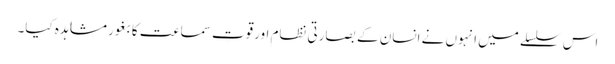
اس سلسلے میں انہوں نے انسان کے بصارتی نظام اورقوتِ سماعت کا بغور مشاہدہ کیا۔